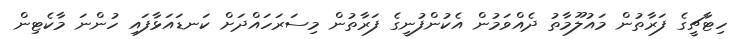
ހިޓާޗީގެ ފަރާތުން މައުލޫމާތު ދެއްވަމުން އެކުންފުނީގެ ފަރާތުން މިސަރަހައްދަށް ކަނޑައަޅާފައި ހުންނަ މާކެޓިން